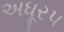
અધૂરપ